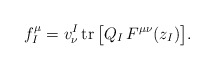
\begin{align*}f^\mu_I=v_\nu^I\,{\rm tr}\,\bigl[Q_I\, F^{\mu\nu}(z_I)\bigr].\end{align*}